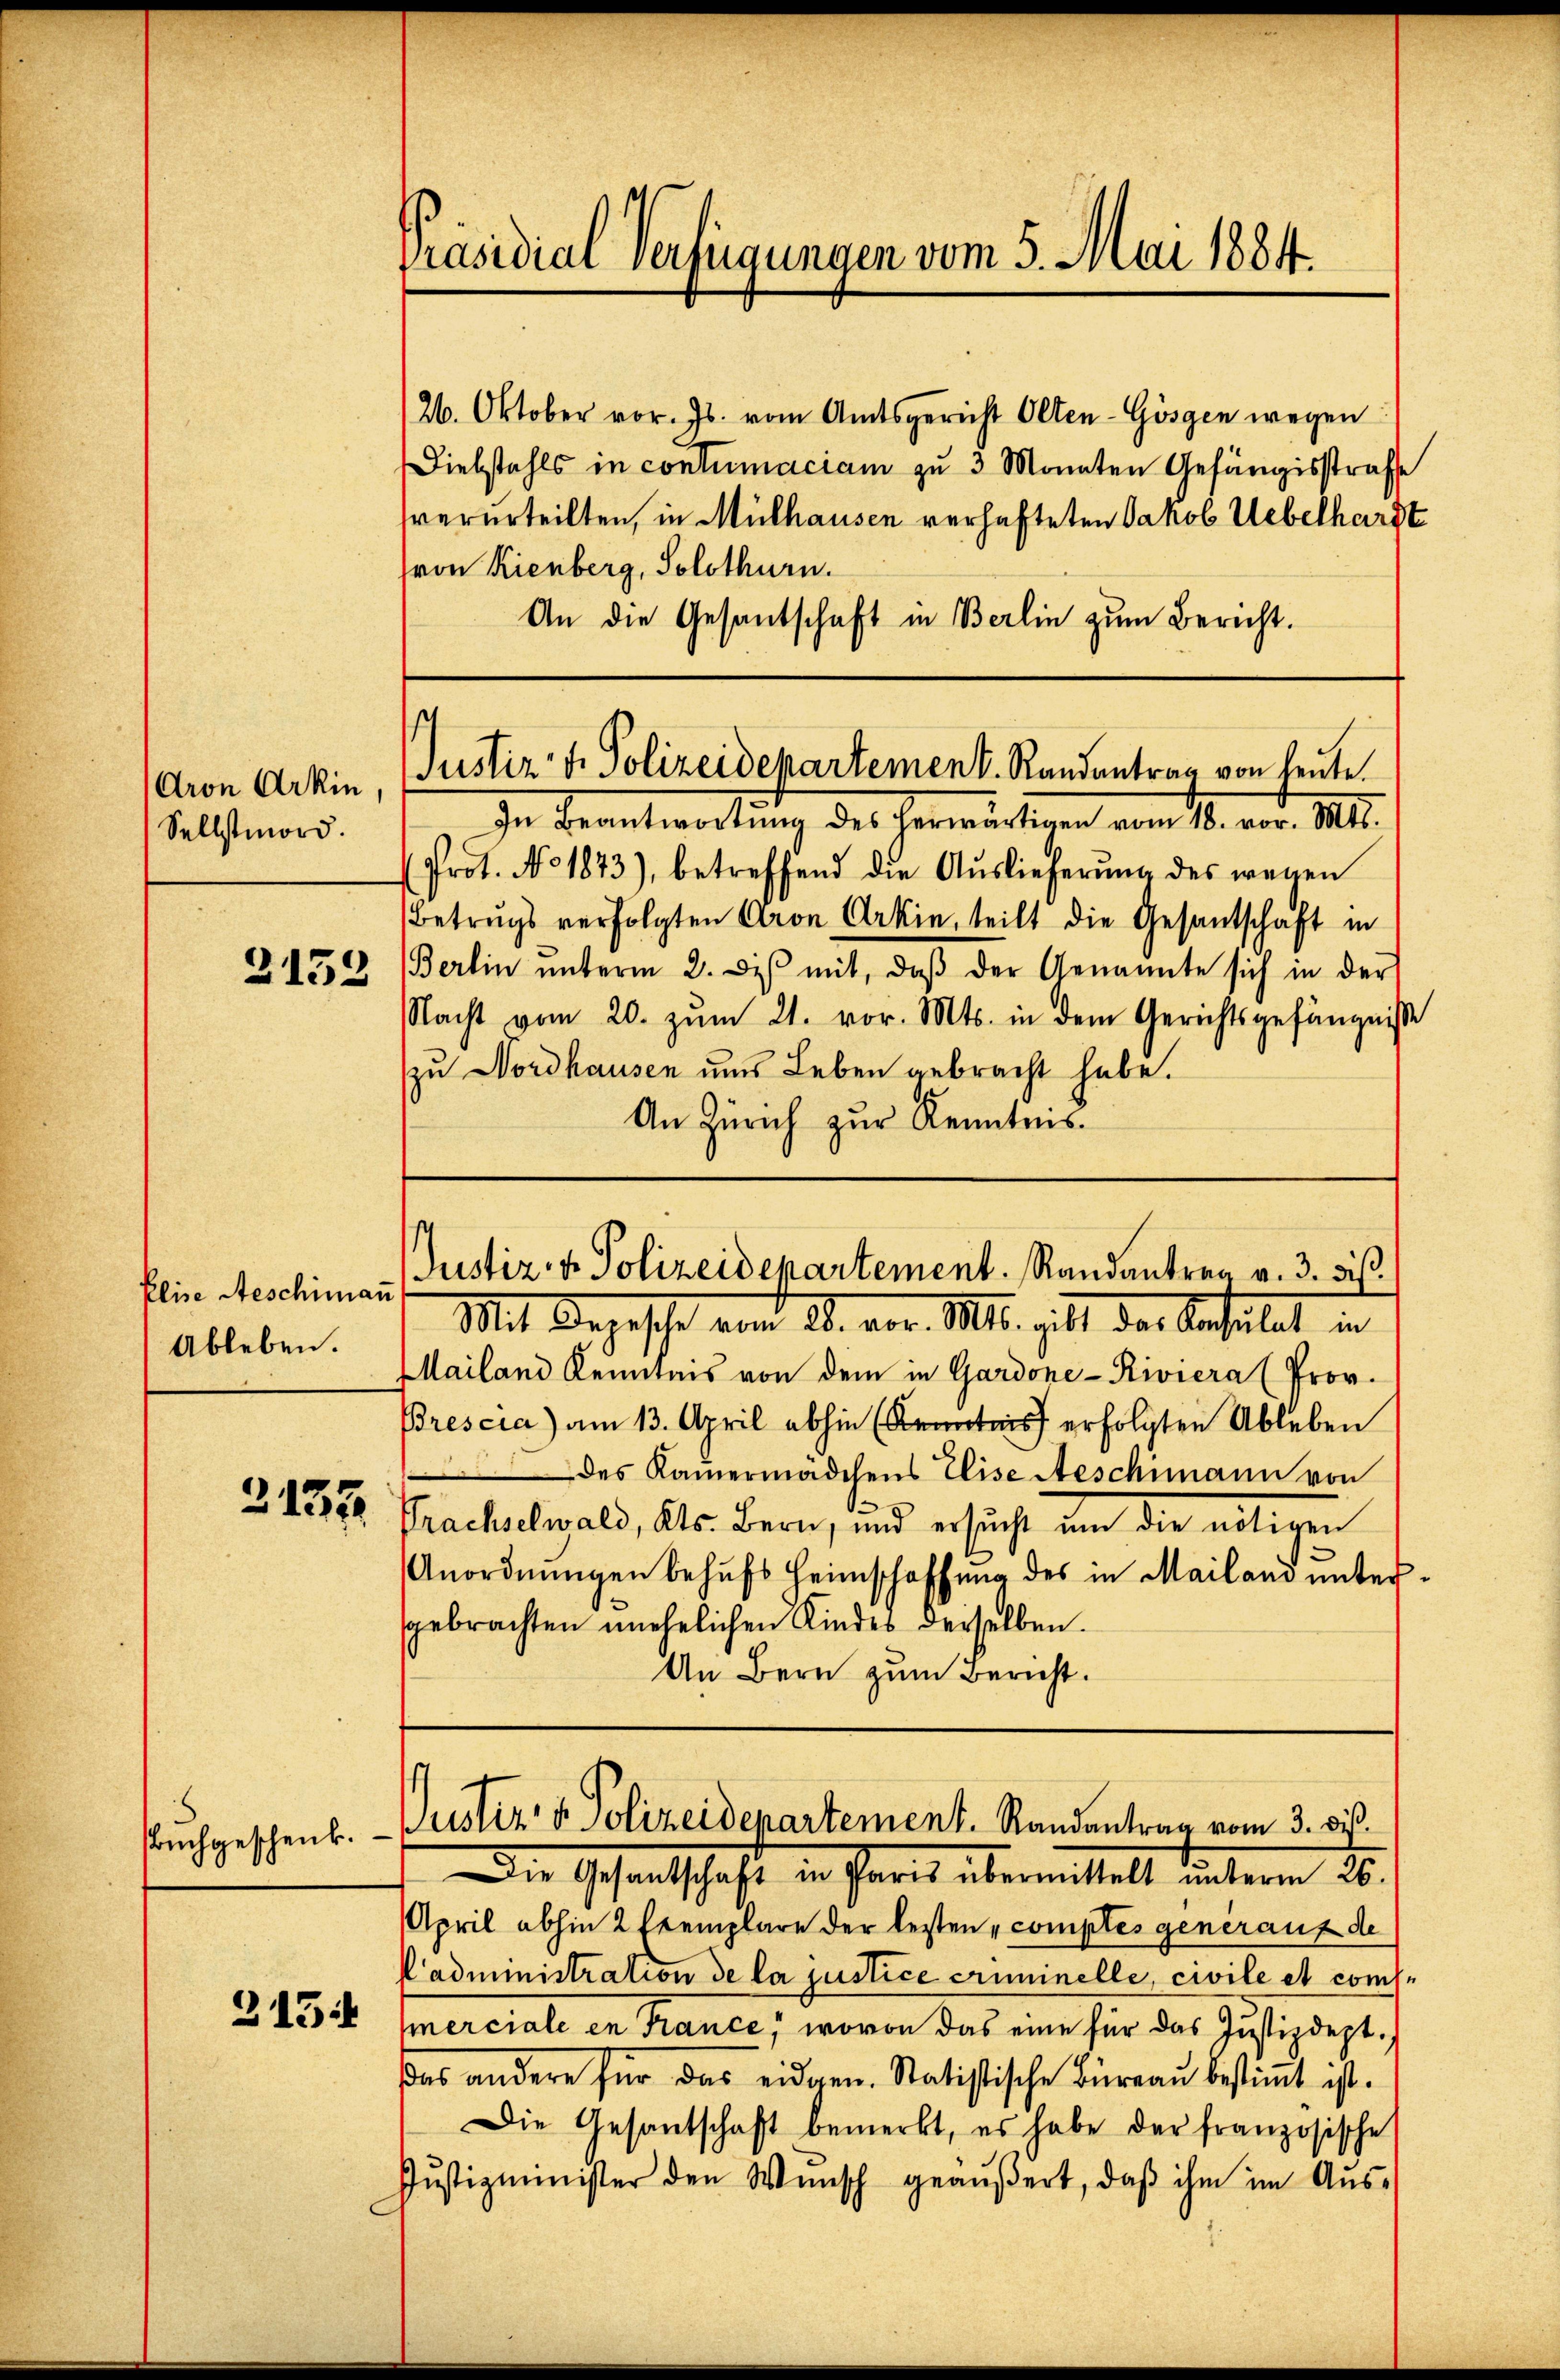
Aron Arkin
Selbstmord.

2152

Pline Aeschimann
Ableben.

2135

uchgeschenk.

2154

Diebstahls in contumaciam zu 3 Monnten Gefängisstrafe
verurteilten, in Mülhausen verhafteten Jakob Uebelhardt
(von Kienberg, Solothurn.
An die Gesantschaft in Berlin zum Bericht.

Präsidial verfügungen vom 5. Mai 1884.

In Beantwortung des Herrectiven vom 16. vor. Mts.
(Prot. No 1873), betreffend die Aŭslieferŭng des wegen
Betrugs verfolgten Aron Arkin, teilt die Gesantschaft in
(Berlin ŭnterm 2. de mit, daβ der Genannte sich in der
Nacht vom 20. zŭm 21. vor. Mts. in dem Gerichtsgefängniße
zu Nordhausen uns Leben gebracht habe.
An Zürich zur Kenntens.

26. Oktober vor. Js. vom Amtsgericht Olten-Gösgen wegen

st
Justiz & Polizeidepartement. Randentrag von heute.

Mit Depesche von 20. vor. Mts. gilt der Schulat in
Mailand Kenntnis von dem in Gardone-Riviera (Prov.
Brescia) am 13. April abhin Kenntnis erfolgten Ableben
des Kamermädchens Elise Aeschimann von
Prachselwald, Kts. Bern, und ersucht um die nötigen
Anordnungen behufs Heimschaffung des in Mailand untergebrachten unehelichen Kindes derselben.
An Bern zum Bericht.

Justiz- & Polizeidepartement. Randantrag v. 3. bis

Justiz- & Polizeidepartement. Randantrag vom 3. di
Die Gesandtschaft in Paris übermittelt unterm 26.

April abhin 2 Exemplare der lezten comptes generaus de
Padministration de la justice criminelle, civile et comerciale en France, wovon das eine für das Justizdeptas andere für das eidgen. Statistische Büreau bestimmt ist.
Die Gesantschaft bemerkt, es habe der französische
Jŭstizminister den Wŭnsch geäŭβert, daβ ihm im Aŭs-